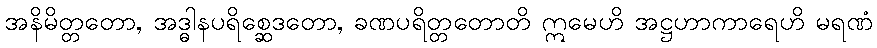
အနိမိတ္တတော, အဒ္ဓါနပရိစ္ဆေဒတော, ခဏပရိတ္တတောတိ ဣမေဟိ အဋ္ဌဟာကာရေဟိ မရဏံ